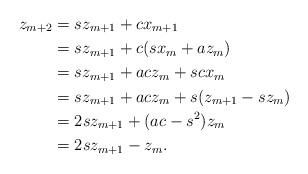
LaTeX: \begin{align*}z_{m+2} &= sz_{m+1}+cx_{m+1}\\&= sz_{m+1}+c(sx_m+az_m)\\&= sz_{m+1}+acz_m+scx_m\\&= sz_{m+1}+acz_m+s(z_{m+1}-sz_m)\\&= 2sz_{m+1}+(ac-s^2)z_m\\&= 2sz_{m+1}-z_m.\end{align*}